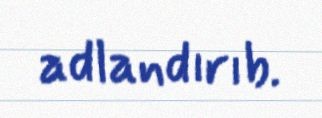
adlandırıb.